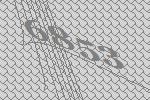
6853